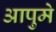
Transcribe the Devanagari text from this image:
आपुमे